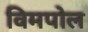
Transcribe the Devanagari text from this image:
विमपोल